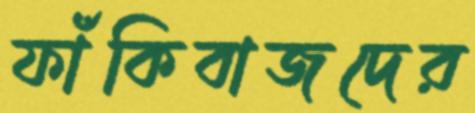
ফাঁকিবাজদের